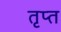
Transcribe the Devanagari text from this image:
तृप्‍त